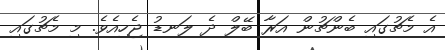
އެ މެޗުގައި ބެންޗުން އަރާ ބޭލް ދެ ލަނޑު ޖެހިއެވެ. މި މެޗުގައި